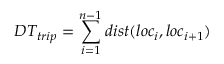
D T _ { t r i p } = \sum _ { i = 1 } ^ { n - 1 } d i s t ( l o c _ { i } , l o c _ { i + 1 } )